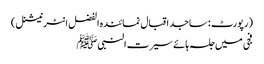
(رپورٹ : ساجد اقبال نمائندہ الفضل انٹر نیشنل )
فجی میں جلسہ ہائے سیرت النبیﷺ